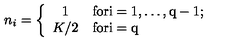
n _ { i } = \left\{ \begin{array} { c l } { 1 } & { \mathrm { f o r i = 1 , \dots , q - 1 ; } } \\ { K / 2 } & { \mathrm { f o r i = q } } \\ \end{array} \right.